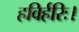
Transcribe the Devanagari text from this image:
हविर्हरिः।